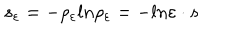
LaTeX: s _ { \varepsilon } = - \rho _ { \varepsilon } l n \rho _ { \varepsilon } = - l n \varepsilon \cdot s